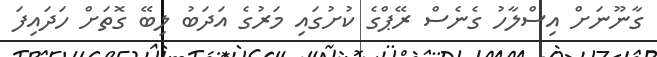
ގާނޫނަށް އިސްލާހު ގެނެސް ރޭޕްގެ ކުށުގައި މަރުގެ އަދަބު ލިބޭ ގޮތަށް ހަދައިފަ